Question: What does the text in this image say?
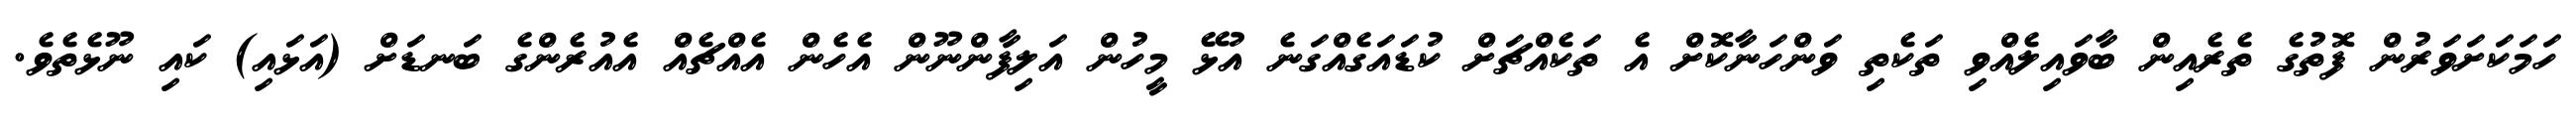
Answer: ހަމަކަށަވަރުން ފޮތުގެ ތެރެއިން ބާވައިލެއްވި ތަކެތި ވަންހަނާކޮށް އެ ތަކެއްޗަށް ކުޑައަގެއްގަނެ އުޅޭ މީހުން އަލިފާންނޫން އެހެން އެއްޗެއް އެއުރެންގެ ބަނޑަށް (އަޅައި) ކައި ނޫޅެތެވެ.